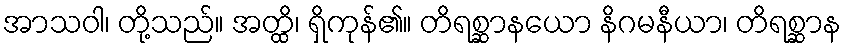
အာသဝါ၊ တို့သည်။ အတ္ထိ၊ ရှိကုန်၏။ တိရစ္ဆာနယော နိဂမနီယာ၊ တိရစ္ဆာန